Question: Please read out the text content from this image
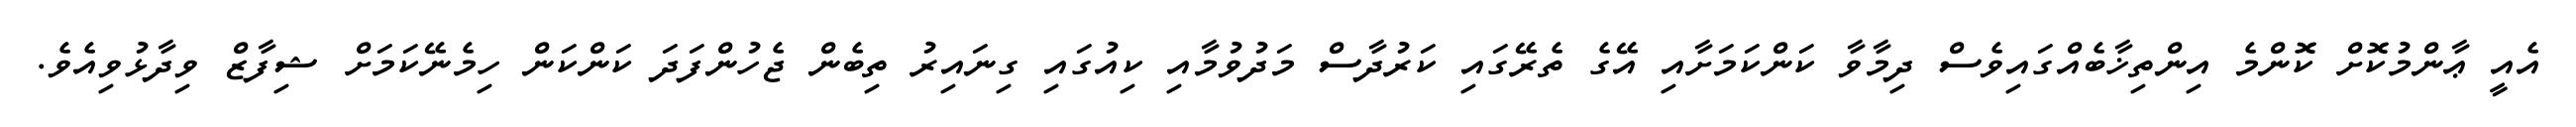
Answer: އެއީ ޢާންމުކޮށް ކޮންމެ އިންތިޚާބެއްގައިވެސް ދިމާވާ ކަންކަމަށާއި އޭގެ ތެރޭގައި ކަރުދާސް މަދުވުމާއި ކިއުގައި ގިނައިރު ތިބެން ޖެހުންފަދަ ކަންކަން ހިމެނޭކަމަށް ޝިފާޒް ވިދާޅުވިއެވެ.